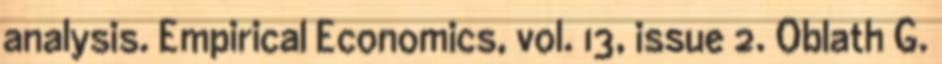
analysis. Empirical Economics, vol. 13, issue 2. Oblath G.